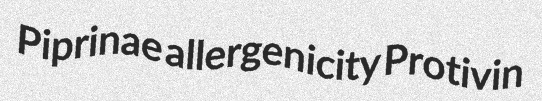
Piprinae allergenicity Protivin